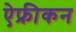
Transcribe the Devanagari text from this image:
ऐफ्रीकन